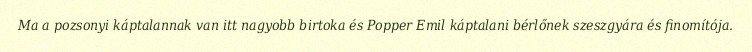
Ma a pozsonyi káptalannak van itt nagyobb birtoka és Popper Emil káptalani bérlőnek szeszgyára és finomítója.